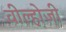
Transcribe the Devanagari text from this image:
वील्होजी